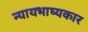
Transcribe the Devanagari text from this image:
न्यायभाष्यकार